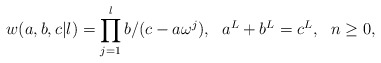
\begin{align*}w(a,b,c|l)=\prod^l_{j=1}b/(c-a\omega^j),~~a^L+b^L=c^L,~~n\geq 0,\end{align*}